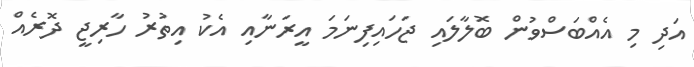
އަދި މި އެއްބަސްވުން ބޮލާލައި ޖަހައިފިނަމަ އީރަނާއި އެކު އިތުރު ހާރިޖީ ދޮރެއް